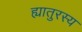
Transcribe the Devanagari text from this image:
ह्यातुरस्य